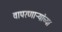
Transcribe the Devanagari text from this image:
वापरणाऱ्यांच्या